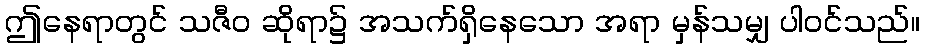
ဤနေရာတွင် သဇီဝ ဆိုရာ၌ အသက်ရှိနေသော အရာ မှန်သမျှ ပါဝင်သည်။